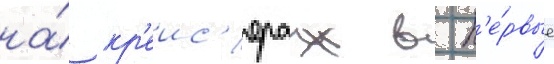
на́ кр'еис'ерах в п'е́рвые